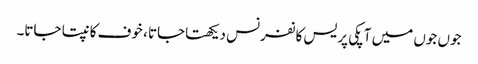
جوں جوں میں آپکی پریس کانفرنس دیکھتاجاتا ، خوف کانپتا جاتا۔